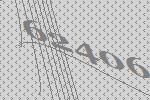
62406